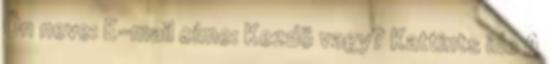
Ön neve: E-mail címe: Kezdö vagy? Kattints ide A